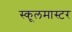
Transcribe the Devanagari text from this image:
स्कूलमास्टर